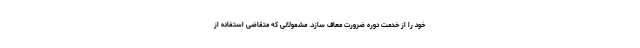
خود را از خدمت دوره ضرورت معاف سازد. مشمولانی که متقاضی استفاده از